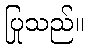
ပြုသည်။